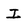
Character: I